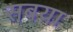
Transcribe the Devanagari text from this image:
सबया